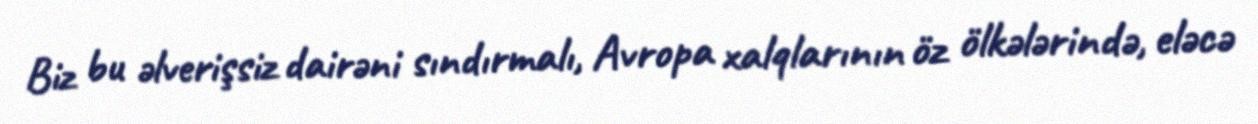
Biz bu əlverişsiz dairəni sındırmalı, Avropa xalqlarının öz ölkələrində, eləcə